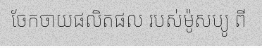
ចែកចាយផលិតផល របស់ម៉ូសប្យូ ពី